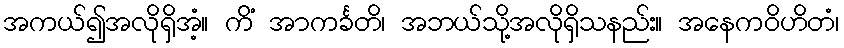
အကယ်၍အလိုရှိအံ့။ ကိံ အာကင်္ခတိ၊ အဘယ်သို့အလိုရှိသနည်း။ အနေကဝိဟိတံ၊